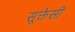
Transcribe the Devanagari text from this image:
सूक्तेसी